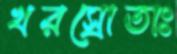
খরস্রোতাঃ